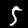
Digit: 5